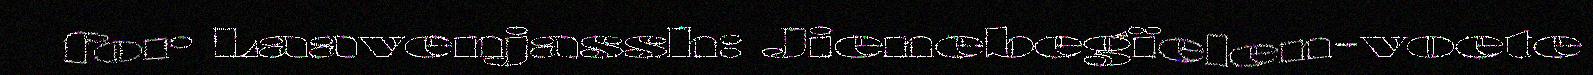
for Laavenjassh: Jienebegïelen-voete